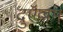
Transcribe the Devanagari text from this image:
दुऍल्लम